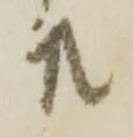
共